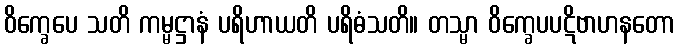
ဝိက္ခေပေ သတိ ကမ္မဋ္ဌာနံ ပရိဟာယတိ ပရိဓံသတိ။ တသ္မာ ဝိက္ခေပပဋိဗာဟနတော